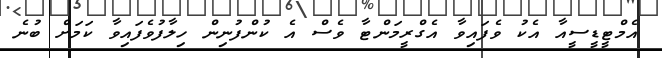
އެމްޓީޑީސީއާ އެކު ވެފައިވާ އެގްރީމަންޓާ ވެސް އެ ކުންފުނިން ހިލާފުވެފައިވާ ކަމަށް ބުނެ